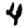
Digit: 4